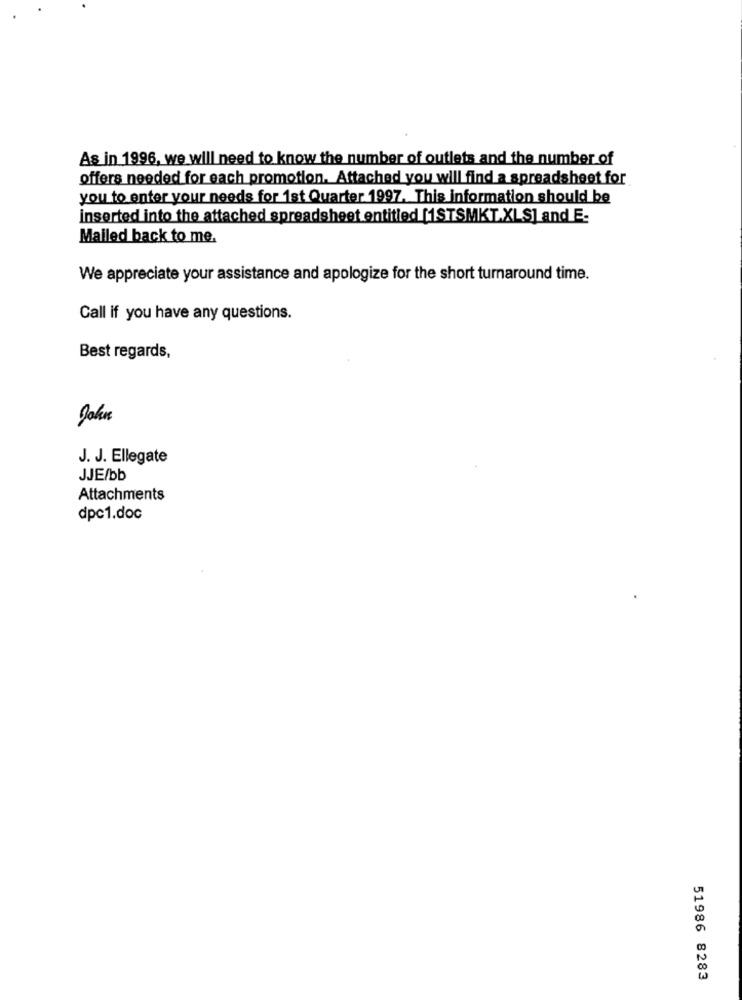
As in 1996, we will need to know the number of outlets and the number of
offers needed for each promotion. Attached you will find a spreadsheet for
you to enter your needs for 1st Quarter 1997. This information should be
inserted into the attached spreadsheet entitled [1STSMKT.XLS] and E:
Mailed back to me,
We appreciate your assistance and apologize for the short turnaround time.
Call if you have any questions.
Best regards,
J. J. Ellegate
JJE/bb
Attachments
dpc1.doc
51986 8283